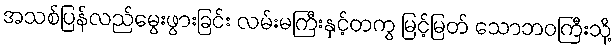
အသစ်ပြန်လည်မွေးဖွားခြင်း လမ်းမကြီးနှင့်တကွ မြင့်မြတ် သောဘဝကြီးသို့